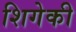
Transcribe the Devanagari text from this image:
शिगेकी